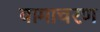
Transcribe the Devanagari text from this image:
वामाचरण